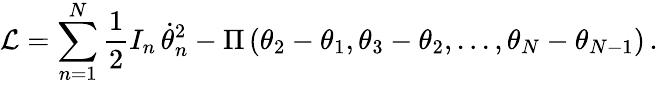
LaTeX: \mathcal{L}=\sum_{n=1}^{N}\frac{1}{2}I_{n}\, \dot{\theta}_{n}^{2}-\Pi\left(\theta_{2}-\theta_{1},\theta_{3}-\theta_{2},...,\theta_{N}-\theta_{N-1}\right)\, .